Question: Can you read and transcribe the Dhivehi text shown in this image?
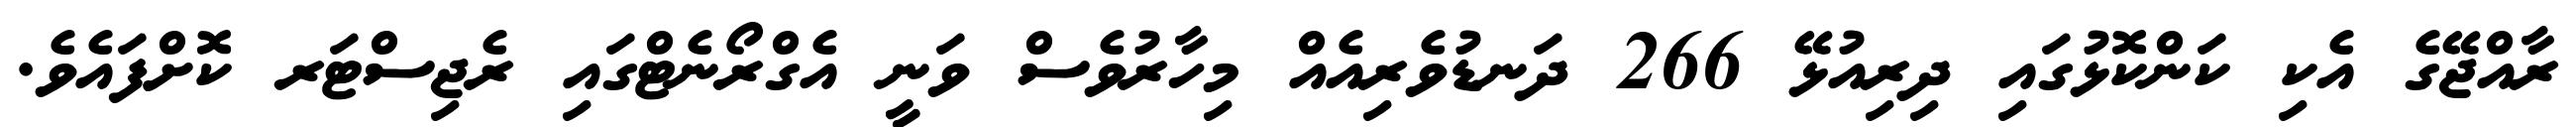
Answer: ރާއްޖޭގެ އެކި ކަންކޮޅުގައި ދިރިއުޅޭ 266 ދަނޑުވެރިއެއް މިހާރުވެސް ވަނީ އެގްރޯނެޓްގައި ރެޖިސްޓަރ ކޮށްފައެވެ.